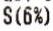
S(6%)